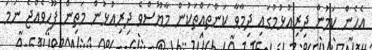
އެހެން ކަމުން ދިރިއުޅުމުގައި ދިމާވާ ކަންތައްތަކުން މާޔޫސްވެ ދިރިއުޅުން މަތިން ފޫހިވެއްޖެ ނަމަ